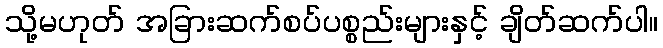
သို့မဟုတ် အခြားဆက်စပ်ပစ္စည်းများနှင့် ချိတ်ဆက်ပါ။